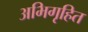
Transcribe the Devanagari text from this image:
अभिगृहित